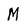
Character: M